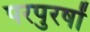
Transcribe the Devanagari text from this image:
परपुरषों